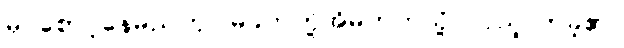
မှ စောင့်နေမည်ဟု မြခက်တို့အိမ်ဘက်သို့ လှည့်လာခဲ့၏။